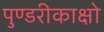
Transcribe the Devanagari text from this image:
पुण्डरीकाक्षो